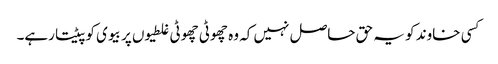
کسی خاوند کو یہ حق حاصل نہیں کہ وہ چھوٹی چھوٹی غلطیوں پر بیوی کو پیٹتا رہے۔